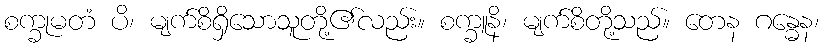
စက္ခုမတံ ပိ၊ မျက်စိရှိသောသူတို့၏လည်း။ စက္ခူနိ၊ မျက်စိတို့သည်။ တေန ဂန္ဓေန၊